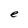
Character: e